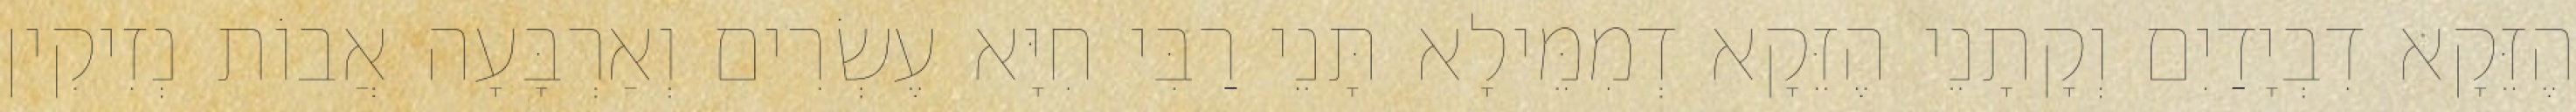
הֶזֵּקָא דִבְיָדַיִם וְקָתָנֵי הֶזֵּקָא דְמִמֵּילָא תָּנֵי רַבִּי חִיָּא עֶשְׂרִים וְאַרְבָּעָה אֲבוֹת נְזִיקִין